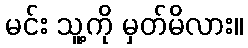
မင်း သူ့ကို မှတ်မိလား။